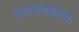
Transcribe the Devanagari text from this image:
जगन्नाथबुवांचा